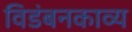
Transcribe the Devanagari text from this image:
विडंबनकाव्य